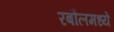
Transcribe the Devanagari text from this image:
रबौलमध्ये